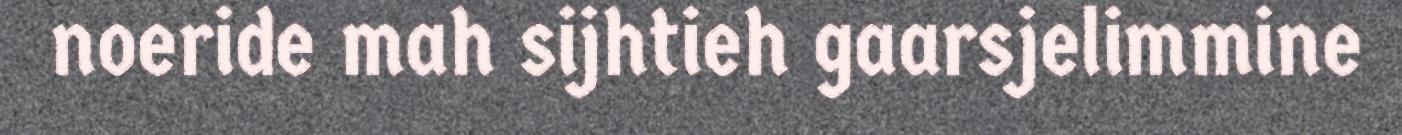
noeride mah sijhtieh gaarsjelimmine